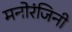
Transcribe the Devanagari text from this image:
मनोरंजिनी